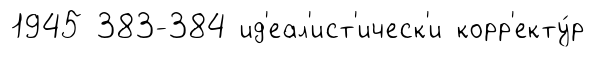
1945 383-384 ид'еал'ист'ическ'и корр'екту́р